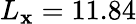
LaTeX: L_{\mathbf{x}}=11.84